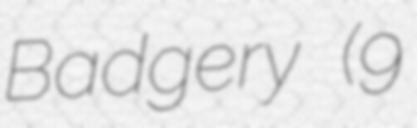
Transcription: Badgery (9